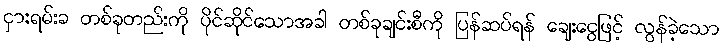
ငှားရမ်းခ တစ်ခုတည်းကို ပိုင်ဆိုင်သောအခါ တစ်ခုချင်းစီကို ပြန်ဆပ်ရန် ချေးငွေဖြင့် လွန်ခဲ့သော